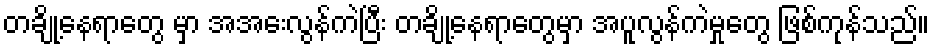
တချို့နေရာတွေ မှာ အအေးလွန်ကဲပြီး တချို့နေရာတွေမှာ အပူလွန်ကဲမှုတွေ ဖြစ်ကုန်သည်။